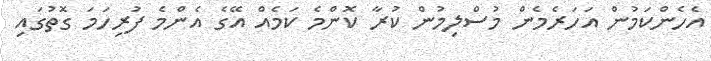
އެހެންކަމުން އަހަރެމެން މުސްލިމުން ކުރާ ކޮންމެ ކަމެއް އޭގެ އެންމެ ފުރިހަމަ ގޮތުގައި